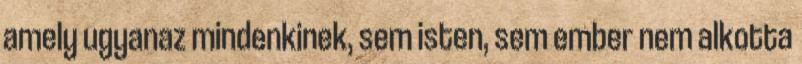
amely ugyanaz mindenkinek, sem isten, sem ember nem alkotta